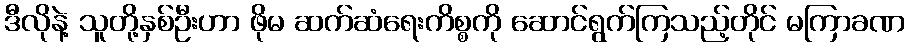
ဒီလိုနဲ့ သူတို့နှစ်ဦးဟာ ဖိုမ ဆက်ဆံရေးကိစ္စကို ဆောင်ရွက်ကြသည့်တိုင် မကြာခဏ